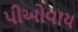
પીઓવાય